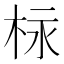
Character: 柡